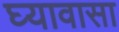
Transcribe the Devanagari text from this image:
घ्यावासा